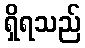
ရှိရသည်